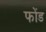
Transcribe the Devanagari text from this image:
फोंड